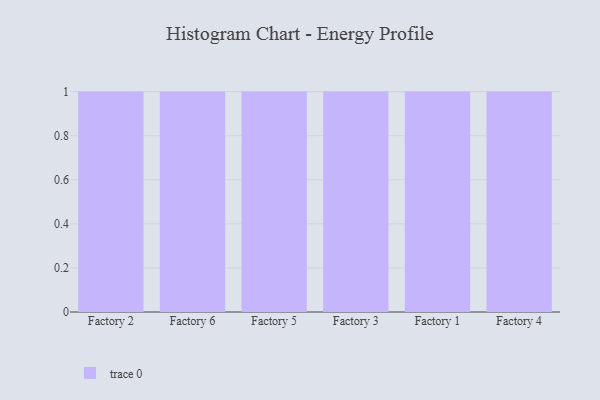
{"axis": {"x": "Factory", "y": "Headcount"}, "legend": [""], "data": [{"x": "Factory 2", "y": 26, "type": ""}, {"x": "Factory 6", "y": 65, "type": ""}, {"x": "Factory 5", "y": 65, "type": ""}, {"x": "Factory 3", "y": 39, "type": ""}, {"x": "Factory 1", "y": 99, "type": ""}, {"x": "Factory 4", "y": 79, "type": ""}]}